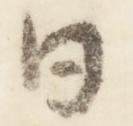
日